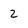
Character: 2